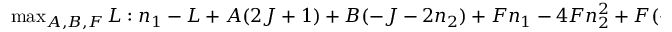
\begin{array} { r } { \operatorname* { m a x } _ { A , B , F } L : n _ { 1 } - L + A ( 2 J + 1 ) + B ( - J - 2 n _ { 2 } ) + F n _ { 1 } - 4 F n _ { 2 } ^ { 2 } + F ( - 2 n _ { 1 } n _ { 2 } + n _ { 2 } ) \in S o S . } \end{array}